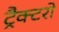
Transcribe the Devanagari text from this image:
ट्रैक्टरो